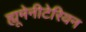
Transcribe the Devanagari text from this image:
ह्यूमेनीटेरियन